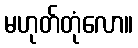
မဟုတ်တုံလော။